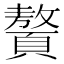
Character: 𩕀